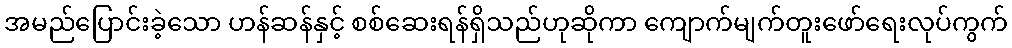
အမည်ပြောင်းခဲ့သော ဟန်ဆန်နှင့် စစ်ဆေးရန်ရှိသည်ဟုဆိုကာ ကျောက်မျက်တူးဖော်ရေးလုပ်ကွက်